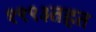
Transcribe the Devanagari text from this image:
१९९३तहत